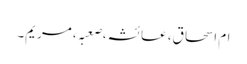
ام اسحاق، عائشہ،صعبہ، مریم۔